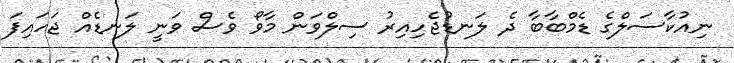
ނިއުކާސަލްގެ ޑެމްބާބާ ދެ ލަނޑުޖެހިއިރު ސިލްވަން މާވޯ ވެސް ވަނީ ލަނޑެއް ޖަހައިފަ